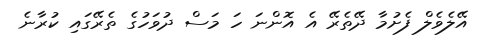
އޭލެވެލް ފެށުމާ ދޭތެރޭ އެ އޮންނަ ހަ މަސް ދުވަހުގެ ތެރޭގައި ކުރާނެ